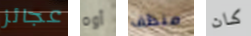
عجائز أوه منظف كان